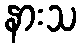
နားသ